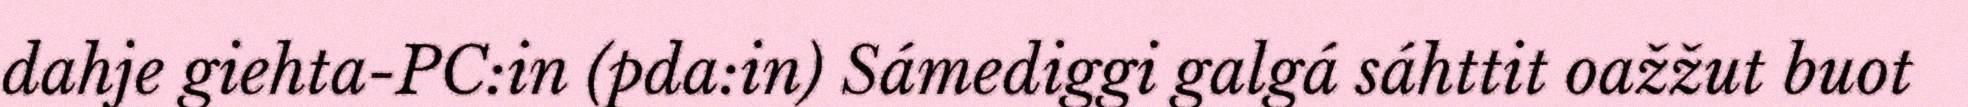
dahje giehta-PC:in (pda:in) Sámediggi galgá sáhttit oažžut buot